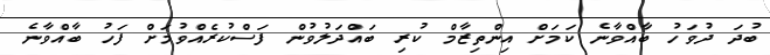
ބުދަ ދުވަހު ބާއްވާނެ ކަމަށް އިންތިޒާމް ކުރި ބައްދަލުވުން ފަސްކުރެއްވުމަށް ފަހު ބާއްވާނެ